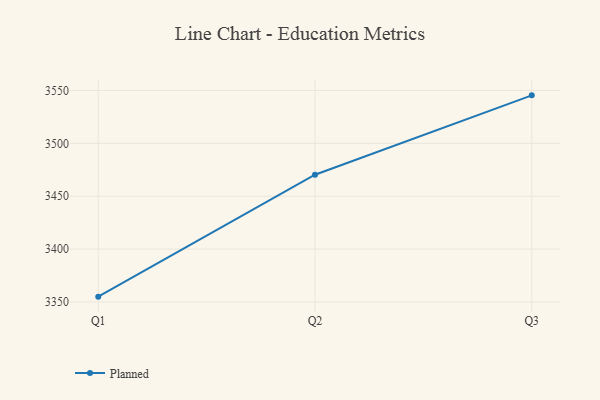
{"axis": {"x": "Quarter", "y": "Satisfaction Score"}, "legend": ["Planned"], "data": [{"x": "Q1", "y": 3355.0, "type": "Planned"}, {"x": "Q2", "y": 3470.3, "type": "Planned"}, {"x": "Q3", "y": 3545.4, "type": "Planned"}]}